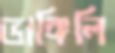
ভাঙ্গিলি